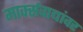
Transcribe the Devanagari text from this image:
मार्क्‍सवाद्यांवर